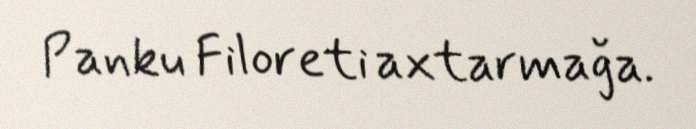
Panku Filoreti axtarmağa.